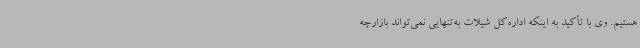
هستیم. وی با تأکید به اینکه اداره‌کل شیلات به‌تنهایی نمی‌تواند بازارچه